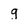
Character: g